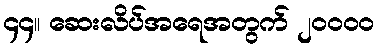
၄၄။ ဆေးလိပ်အရေအတွက် ၂၀၀၀၀